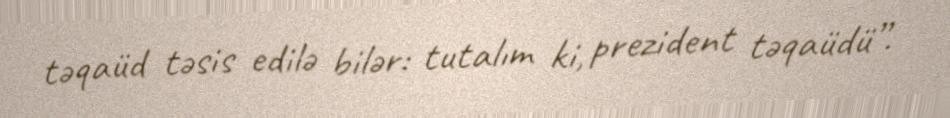
təqaüd təsis edilə bilər: tutalım ki, prezident təqaüdü”.